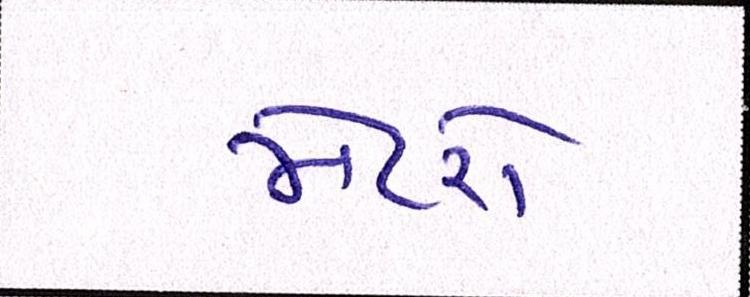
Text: મેટરો